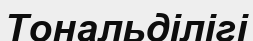
Тональділігі